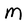
Character: M